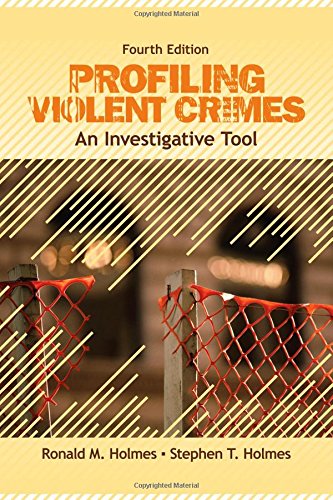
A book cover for Profiling Violent Crimes: An Investigative Tool; Ronald M. Holmes; Medical Books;